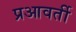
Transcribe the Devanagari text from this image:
प्रआवर्ती